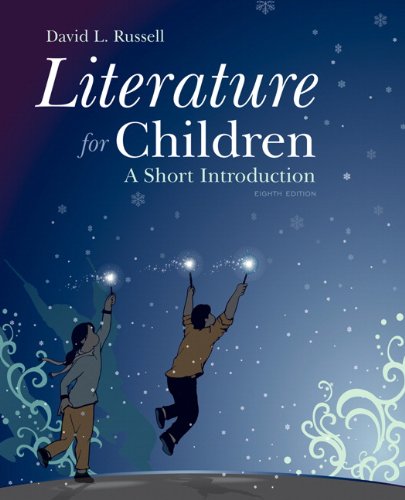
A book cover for Literature for Children: A Short Introduction (8th Edition); David L. Russell; Literature & Fiction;